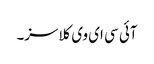
آئی سی ای وی کلاسز۔